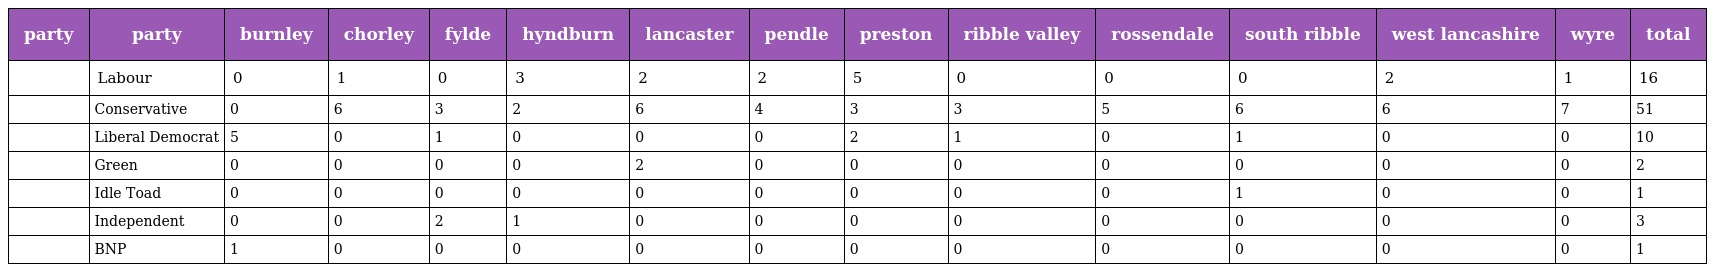
| party | party | burnley | chorley | fylde | hyndburn | lancaster | pendle | preston | ribble valley | rossendale | south ribble | west lancashire | wyre | total |
 | --- | --- | --- | --- | --- | --- | --- | --- | --- | --- | --- | --- | --- | --- | --- |
 |  | Labour | 0 | 1 | 0 | 3 | 2 | 2 | 5 | 0 | 0 | 0 | 2 | 1 | 16 |
 |  | Conservative | 0 | 6 | 3 | 2 | 6 | 4 | 3 | 3 | 5 | 6 | 6 | 7 | 51 |
 |  | Liberal Democrat | 5 | 0 | 1 | 0 | 0 | 0 | 2 | 1 | 0 | 1 | 0 | 0 | 10 |
 |  | Green | 0 | 0 | 0 | 0 | 2 | 0 | 0 | 0 | 0 | 0 | 0 | 0 | 2 |
 |  | Idle Toad | 0 | 0 | 0 | 0 | 0 | 0 | 0 | 0 | 0 | 1 | 0 | 0 | 1 |
 |  | Independent | 0 | 0 | 2 | 1 | 0 | 0 | 0 | 0 | 0 | 0 | 0 | 0 | 3 |
 |  | BNP | 1 | 0 | 0 | 0 | 0 | 0 | 0 | 0 | 0 | 0 | 0 | 0 | 1 |